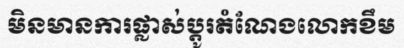
មិនមានការផ្លាស់ប្តូរតំណែងលោកខឹម